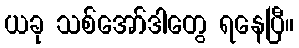
ယခု သစ်အော်ဒါတွေ ရနေပြီ။